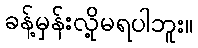
ခန့်မှန်းလို့မရပါဘူး။